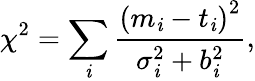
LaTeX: \chi^{2}=\sum_{\mathit{i}}\frac{{\left(m_{\mathit{i}}-t_{\mathit{i}}\right)^{2}}}{{\sigma_{\mathit{i}}^{2}+b_{\mathit{i}}^{2}}},